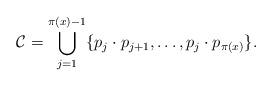
LaTeX: \begin{align*}\mathcal{C}=\bigcup \limits_{j=1}^{\pi(x)-1}\{p_j\cdot p_{j+1},\ldots, p_{j}\cdot p_{\pi(x)}\}.\end{align*}